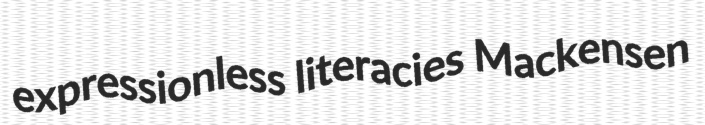
expressionless literacies Mackensen